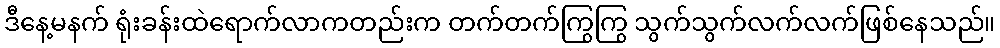
ဒီနေ့မနက် ရုံးခန်းထဲရောက်လာကတည်းက တက်တက်ကြွကြွ သွက်သွက်လက်လက်ဖြစ်နေသည်။